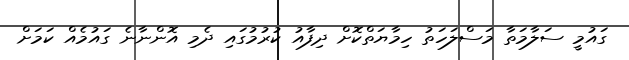
ގައުމީ ސަލާމަތާ މަސްލަހަތު ހިމާޔަތްކޮށް ދިފާއު ކުރުމުގައި ދެމި އޮންނާނެ ގައުމެއް ކަމަށް